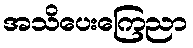
အသိပေးကြေညာ